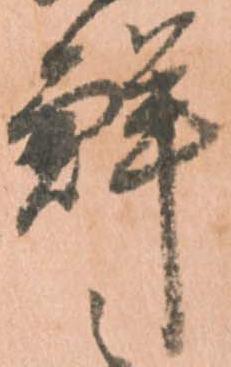
鮮